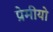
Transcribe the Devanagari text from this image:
प्रेमीयो